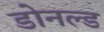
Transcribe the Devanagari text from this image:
डोनल्‍ड